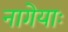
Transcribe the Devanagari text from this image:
नागेयाः